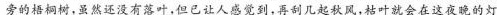
\underline{旁的梧桐树，虽然还没有落叶，但已让人感觉到，再刮几起秋风，枯叶就会在这夜晚的灯}